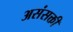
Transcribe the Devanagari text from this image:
असंसक्ती